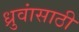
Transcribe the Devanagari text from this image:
ध्रुवांसाठी